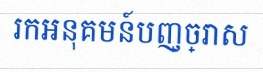
រកអនុគមន៍បញ្ច្រាស